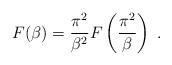
LaTeX: \begin{align*}F(\beta)=\frac{\pi^{2}}{\beta^{2}}F\left(\frac{\pi^{2}}{\beta}\right)\;.\end{align*}